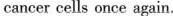
cancer cells once again.